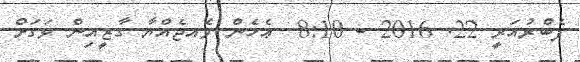
ފެބްރުއަރީ 22